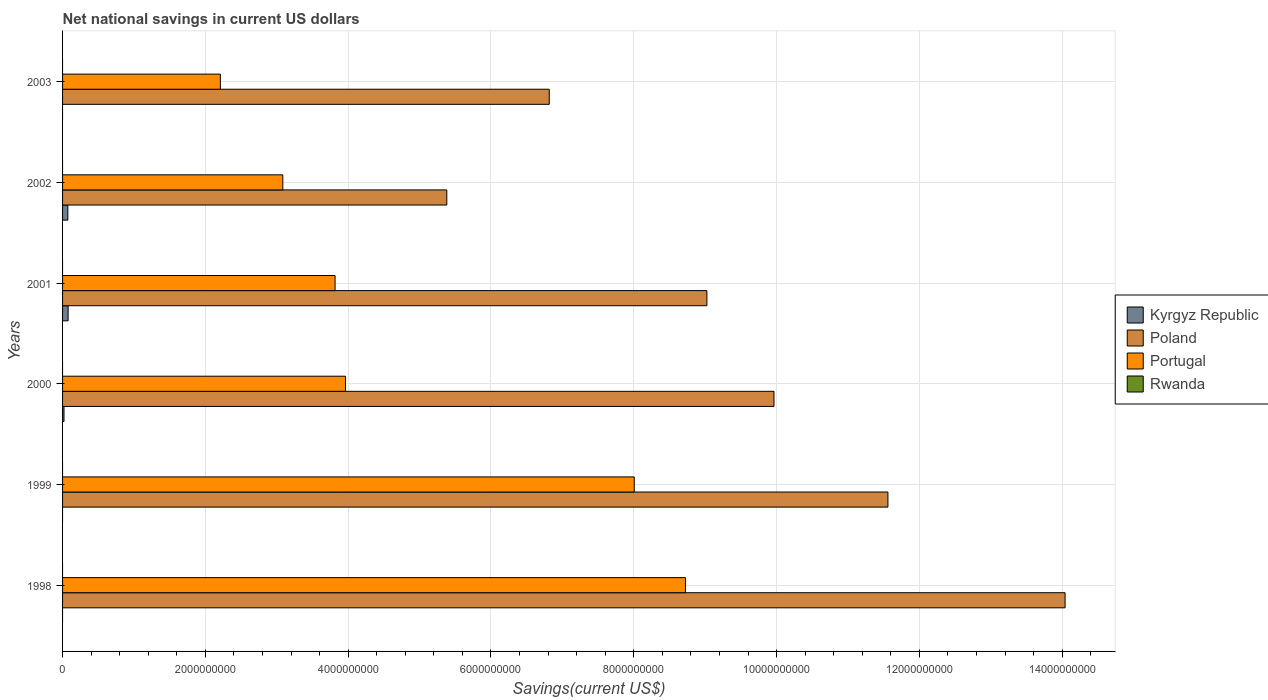
| Years | Kyrgyz Republic | Poland | Portugal | Rwanda |
 | --- | --- | --- | --- | --- |
 | 1998 | -3.67e+08 | 1.4e+10 | 8.72e+09 | -3.47e+07 |
 | 1999 | -1.28e+08 | 1.16e+10 | 8.01e+09 | -8.67e+07 |
 | 2000 | 2.02e+07 | 9.96e+09 | 3.96e+09 | -6.75e+07 |
 | 2001 | 7.77e+07 | 9.02e+09 | 3.82e+09 | -3.39e+07 |
 | 2002 | 7.4e+07 | 5.38e+09 | 3.08e+09 | -4.04e+07 |
 | 2003 | -1.63e+07 | 6.82e+09 | 2.21e+09 | -1.07e+07 |